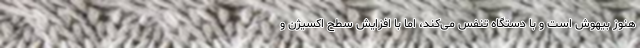
هنوز بیهوش است و با دستگاه تنفس می‌کند، اما با افزایش سطح اکسیژن و